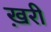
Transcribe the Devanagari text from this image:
ख़री